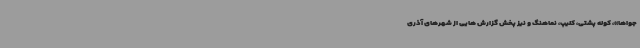
جواها»، کوله پشتی، کلیپ، نماهنگ و نیز پخش گزارش هایی از شهرهای آذری